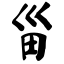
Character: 甾